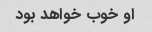
او خوب خواهد بود